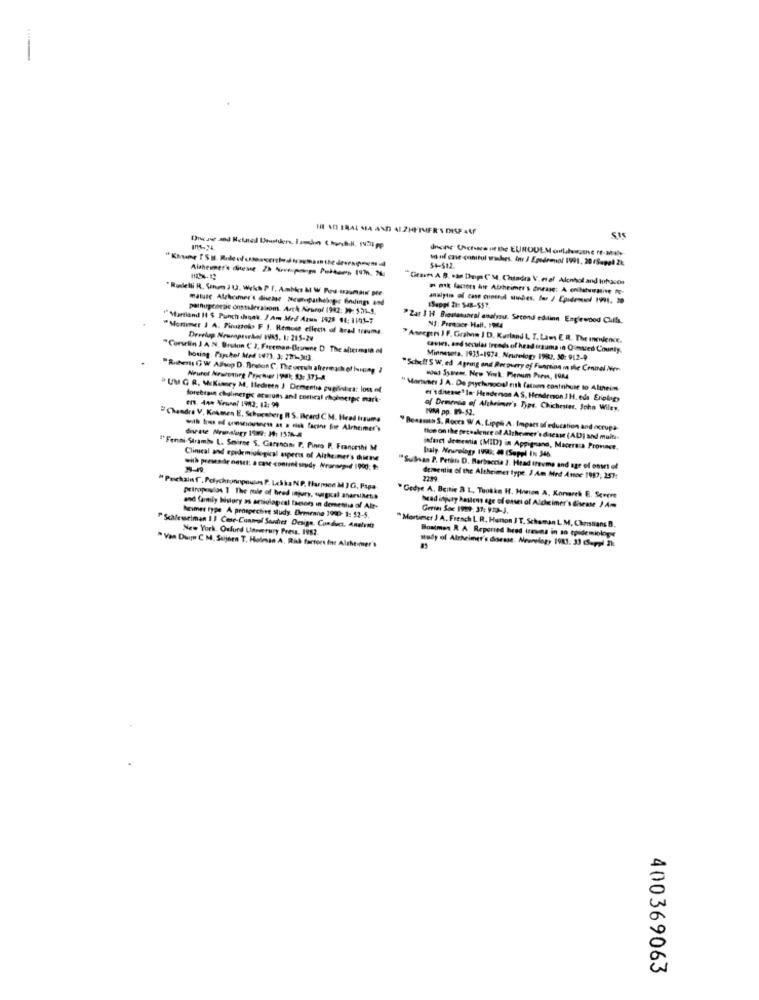
HH AD IRAL MA AND ALZHEIMER'S DISP 44F
unf case control wishes. Ini / Epedrool 1991. 20 (Suppl 2k
Alzheimer's ditesse 2h Novaponys Pubtums 197h. Nu
54-512.
"Graves A. B. san Deipa ("34, Chindea V. etal Alcohol and tohaces
mature Alzheimer's disease Newhpatheloger findings and
analysis of case control studies, for / Epidemiol 1991. 20
palnugenejic onssaleralsom. Auch Arurof 1982: 39: 531-5.
(Suppl 2): S48-557.
""Martiand 11 $ Punch chaqdk. / Am Med Ats 1825 41: 1141-7
"Zar 1 H Bienesuneal analysis. Second edilinn Eng'ewood Cuffs.
"Monmer J A. Piruzzolo F 1. Remuse ellects of arad traume.
NJ: Poemasce Hall. 1944
Develop Neuroprerkol YVAS, 1: 215-2v
"Aseegers J F. Grahne I D. Kurland L. T. Laws E R. The Inedence.
"Conselin J A N, Bruton ( 2, Freeman-Brinene D The alicimala el
cave, and secular trends of head mauma in Ounted County.
boring. Paychel Med (47], 3: 2771-313
Minnesota. 1935-1974. Neurology 1983. 30: 912-9
"Rubens GW ASwop D. Breton C. The unruh aftermach of being /
"Scheff'S W. ed Agring and Recovery of Function m the Connel Mer
Neurol Mrsbourg Prychier 19PHI: 53: 373-8
" UM G R. Mckinney A. Iledeeen ) Dementia pugilistica: los of
" Marvars ) A. De prychunsgoal eith fation contribute to Altheim
forebrain cholinergic oturum and cortical chohnerpc mark-
et's disease" In" Henderson AS, Hendemon J H. eds Eriology
of Demedia of Alzheimer's Type. Chichester, John Wiley,
IM pp. 89-52.
"Chandra V. Kokmen E. Schucaberg I S. Iheard C M. Hrad trauma
" Bensmith 'S, Rocca WW A. Lipgli A. Impact of education and ecrupa
tion on the prevalence of Alzheimer's disease (AD) and multi-
"Fenni Strambe L. Smirne S. Garson P. Pino P. Franorthi M
baly. Neurology 1996: 4 (Suppl Its 346
infact Jememtia (MID) in Appignano, Macersza Provace.
Clinical and epidemiological uperis of Alzheimer's chiave
with presse onset: a case -content srudy Nranorpid 1900: #
"Suilisan P. Perist D. Herbaccia 2. Hrad treume and age of onset of
dementia of the Altheimet type. J Am Med Anoc 1917, 251:
"Paschalnf, Polychronnpousas P. Lekka NP, Harmsen MIG, Papa
petropelos 1 The role of bred injury, surgical anarsiMena
"Gedye A. Beitie a L ., Tuokke Hf. Hoeion A, Korsarch E. Severe
and family history as artiolapeal factors in dementia of Alt-
head injury haslens age of casei of Aldrimer's disease J Am
Gerie Soc 1999: 37: 910-3.
heimer type A prospective study. Drmrane 1940- 1: 52-5.
"Mortimer J A. French L R. Hanton JT. Schaman L M, Christians B.
" Scalesselman 1 ) Case-Control Sonther Design. Conduct, Anelvid
New York. Oufund Unemrury Press. 1987.
Boatmen R A Reported head treuns in an epidemiologe
" Van Duin C. M. Suijern T. Holmas A. Risk factors for Alzheimer's
study of Alzheimer's disease. Neurology 1983: 33 Coppi The
400369063